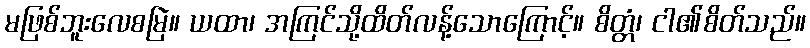
မဖြစ်ဘူးလေစမြဲ။ ယထာ၊ အကြင်သို့ထိတ်လန့်သောကြောင့်။ စိတ္တံ၊ ငါ၏စိတ်သည်။